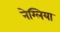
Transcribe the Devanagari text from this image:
नेग्लिया